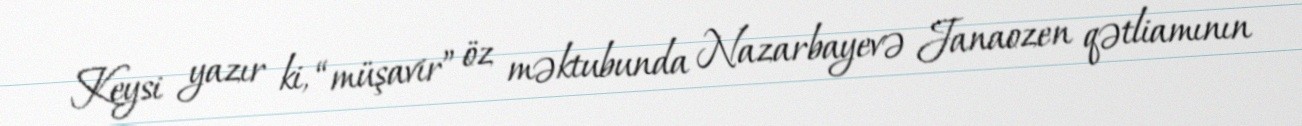
Keysi yazır ki, “müşavir” öz məktubunda Nazarbayevə Janaozen qətliamının